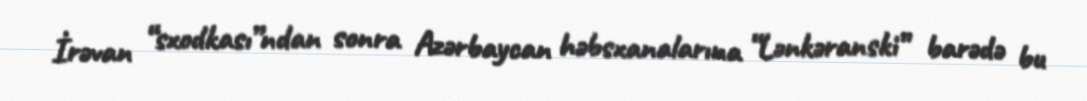
İrəvan “sxodkası”ndan sonra Azərbaycan həbsxanalarına “Lənkəranski” barədə bu